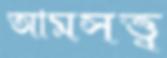
আমসত্ত্ব